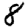
Digit: 8